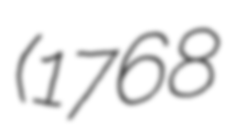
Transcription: (1768